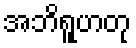
အဘိရူဟတု